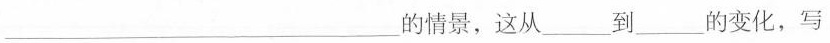
___的情景，这从___到___的变化，写